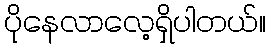
ပိုနေလာလေ့ရှိပါတယ်။